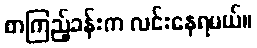
စာကြည့်ခန်းက လင်းနေရမယ်။